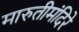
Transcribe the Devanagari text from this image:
मारुतीमंदिरे